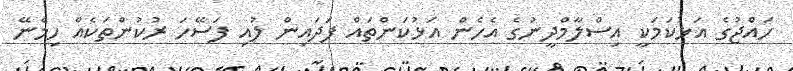
ހައްޖުގެ އަޅުކަމަކީ އިސްލާމްދީނުގެ އެހެން އަޅުކަންތައް ފަދައިން ލުއި ފަސޭހަ ރުކުންތަކެއް ހިމެނޭ